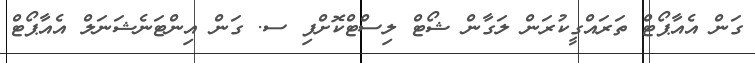
ގަން އެއާޕޯޓް ތަރައްގީކުރަން ލަގާން ޝޯޓް ލިސްޓްކޮށްފި ސ. ގަން އިންޓަނެޝަނަލް އެއާޕޯޓް